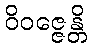
ဝိဝဇ္ဇေန္တိ